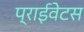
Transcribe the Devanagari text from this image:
प्राईवेटस